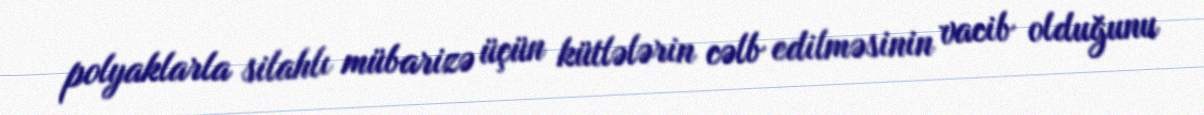
polyaklarla silahlı mübarizə üçün kütlələrin cəlb edilməsinin vacib olduğunu